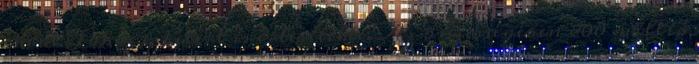
erről Takács Pétert is értesítette. Az összességében 800 millió